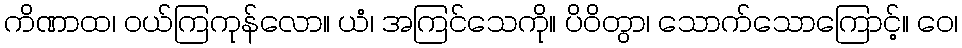
ကိဏာထ၊ ဝယ်ကြကုန်လော။ ယံ၊ အကြင်သေကို။ ပိဝိတွာ၊ သောက်သောကြောင့်။ ဝေ၊